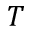
T